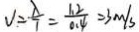
V = \frac { \lambda } { T } = \frac { 1 . 2 } { 0 . 4 } = 3 m / s